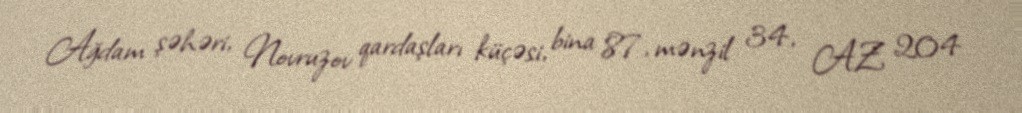
Ağdam şəhəri, Novruzov qardaşları küçəsi, bina 87, mənzil 34, AZ 204